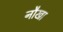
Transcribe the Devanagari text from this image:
नौखा